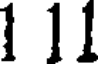
1 11